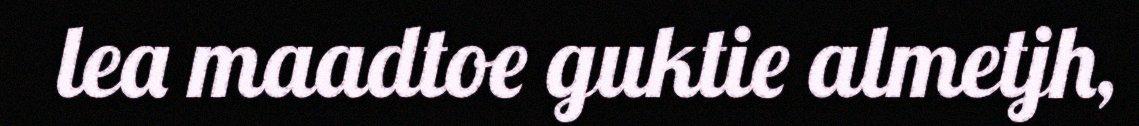
lea maadtoe guktie almetjh,